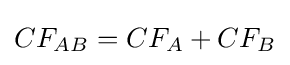
CF_{AB}=CF_{A}+CF_{B}